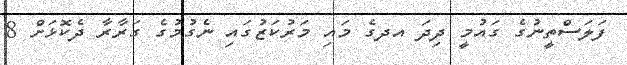
ފަލަސްތީނުގެ ގައުމީ ދިދަ އދގެ މައި މަރުކަޒުގައި ނެގުމުގެ ގަރާރާ ދެކޮޅަށް 8